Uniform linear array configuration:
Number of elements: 12
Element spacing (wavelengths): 0.75
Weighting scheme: uniform
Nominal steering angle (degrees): -15
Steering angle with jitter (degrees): -16.615
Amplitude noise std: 0.05
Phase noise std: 0.05

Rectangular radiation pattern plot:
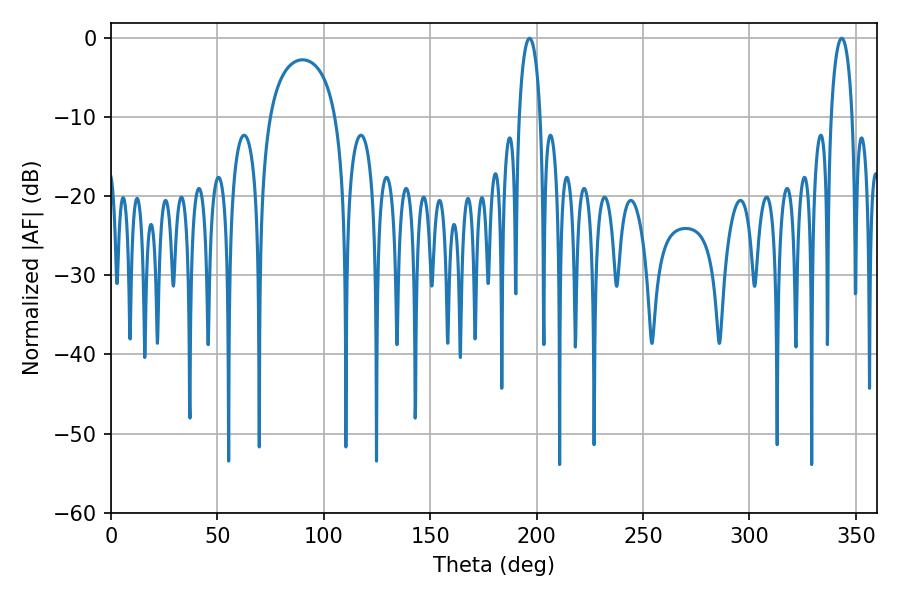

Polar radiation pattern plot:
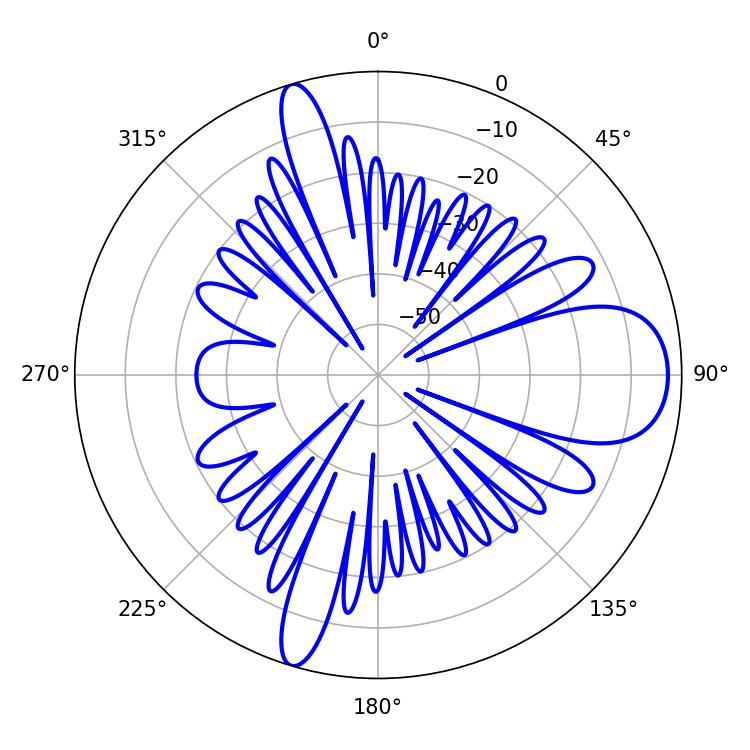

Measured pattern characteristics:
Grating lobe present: TRUE
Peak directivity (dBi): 11.331
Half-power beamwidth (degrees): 5.58
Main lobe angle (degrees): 196.74